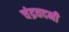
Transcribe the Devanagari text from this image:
चंद्रवदनी